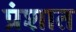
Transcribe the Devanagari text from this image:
प्रंशात